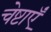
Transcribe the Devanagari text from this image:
चेष्टाएॅं